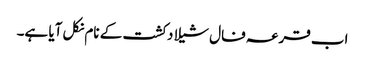
اب قرعہ فال شیلا دکشت کے نام نکل آیا ہے۔